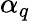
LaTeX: \alpha_{q}